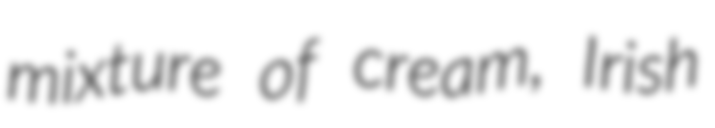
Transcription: mixture of cream, Irish